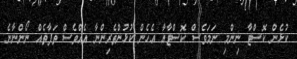
ކުޅެން ކޮސްޓާ ނިންމި ނަމަވެސް ކޮސްޓާއާ އެހެން ކުޅުންތެރިންނާ އެއްވެސް ތަފާތެއް ނޯންނާނެ